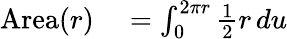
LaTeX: \begin{array}{rl}{\mathrm{Area}(r)}&{{}{}=\int_{0}^{2\pi r}{\frac{1}{2}}r\, du}\end{array}